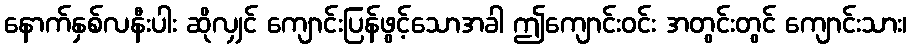
နောက်နှစ်လနီးပါး ဆိုလျှင် ကျောင်းပြန်ဖွင့်သောအခါ ဤကျောင်းဝင်း အတွင်းတွင် ကျောင်းသား၊